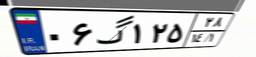
۴۰گ۵۲۶۰۴